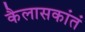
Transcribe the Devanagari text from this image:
कैलासकांतं